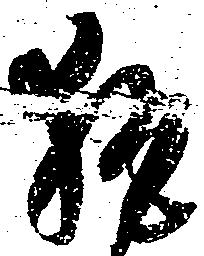
執